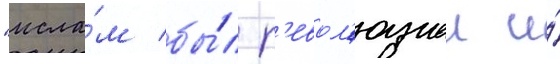
"исла́м бы́л р'евол'юциеи и́